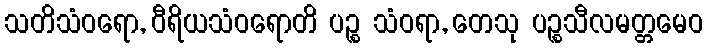
သတိသံဝရော, ဝီရိယသံဝရောတိ ပဉ္စ သံဝရာ, တေသု ပဉ္စသီလမတ္တမေဝ